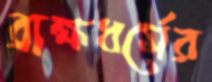
ব্রাহ্মধর্মের